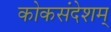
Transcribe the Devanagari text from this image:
कोकसंदेशम्